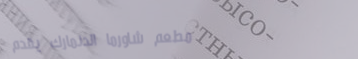
مطعم شاورما الدنمارك يقدم